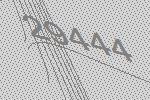
29444